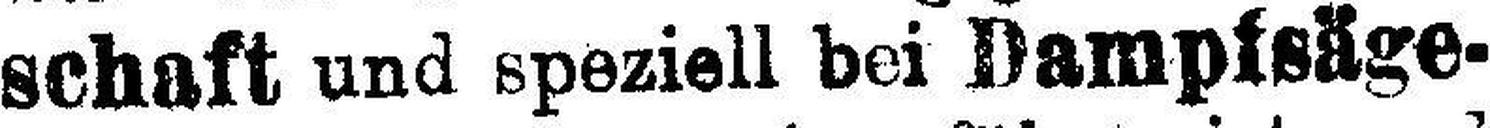
schaft und speziell bei Dampfsäge¬